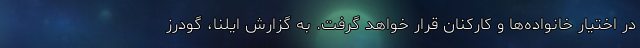
در اختیار خانواده‌ها و کارکنان قرار خواهد گرفت. به گزارش ایلنا، گودرز